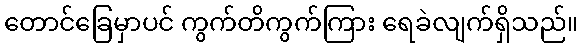
တောင်ခြေမှာပင် ကွက်တိကွက်ကြား ရေခဲလျက်ရှိသည်။